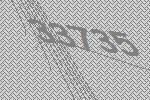
33735